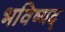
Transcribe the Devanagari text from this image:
भविष्यद्